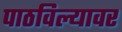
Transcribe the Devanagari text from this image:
पाठविल्यावर